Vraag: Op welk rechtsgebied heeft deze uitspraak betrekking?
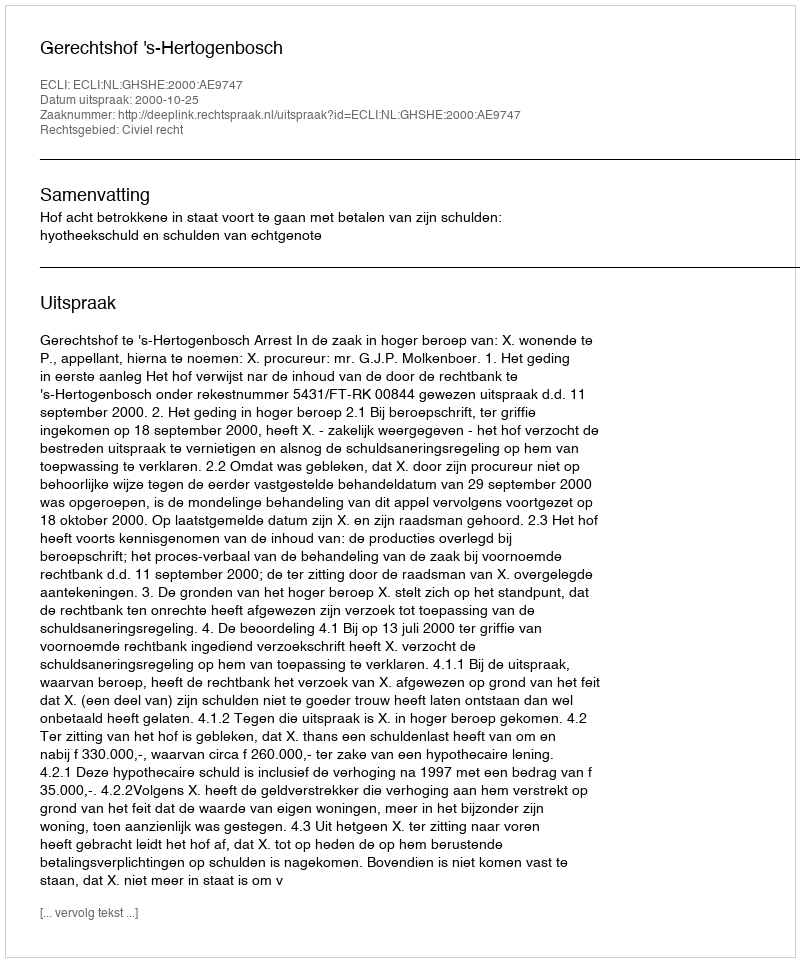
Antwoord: Civiel recht